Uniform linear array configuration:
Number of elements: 64
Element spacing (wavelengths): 1
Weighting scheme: hamming
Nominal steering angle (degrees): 0
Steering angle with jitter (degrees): -1.039
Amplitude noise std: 0.05
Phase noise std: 0.05

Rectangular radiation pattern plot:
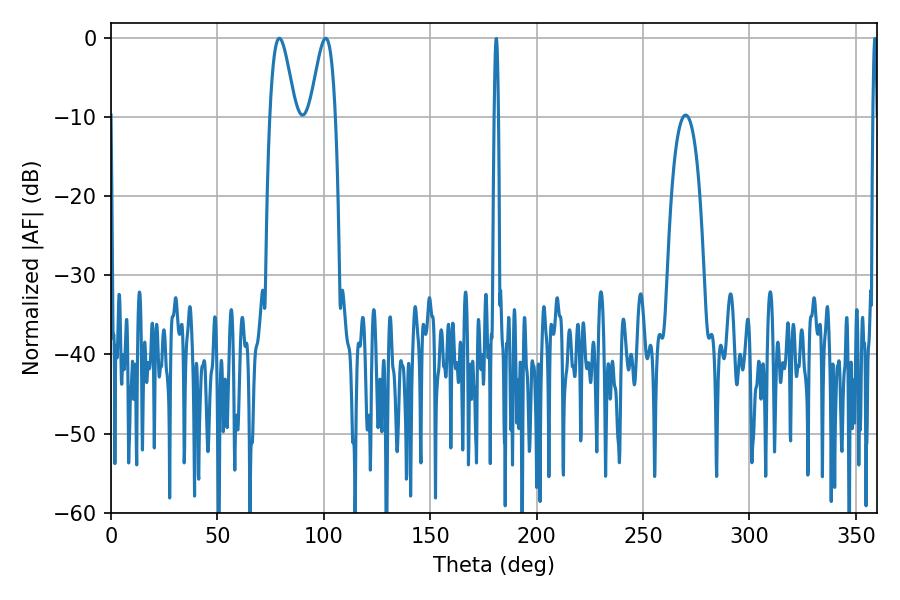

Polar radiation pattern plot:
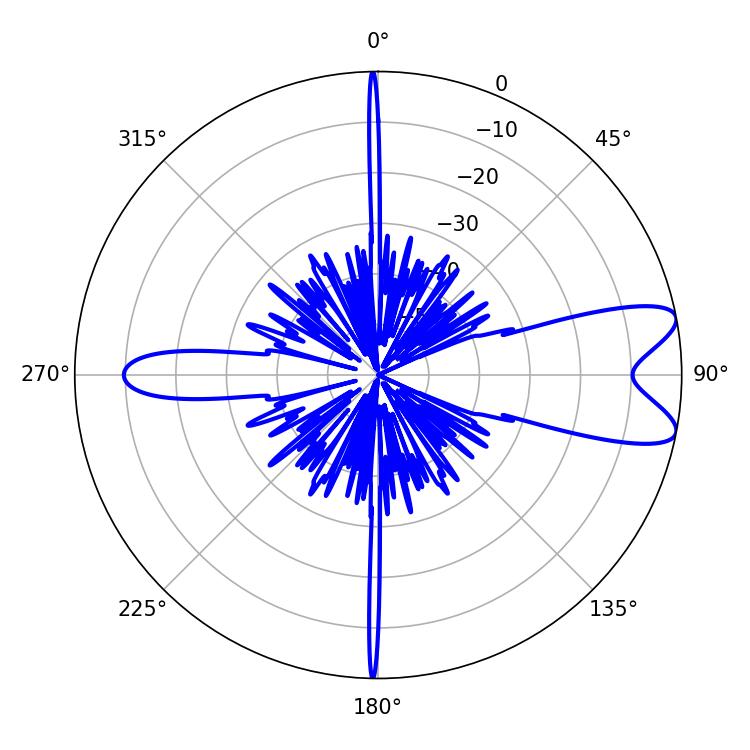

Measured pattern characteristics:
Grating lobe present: TRUE
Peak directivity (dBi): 9.271
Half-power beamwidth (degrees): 6.3
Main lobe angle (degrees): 79.02